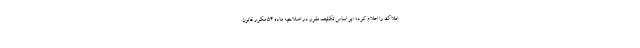
املاک را اعلام کرد؛ «بر اساس تکلیف مقرر در اصلاحیه ماده ۵۴ مکرر قانون